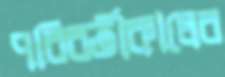
পরিবর্তীকালের